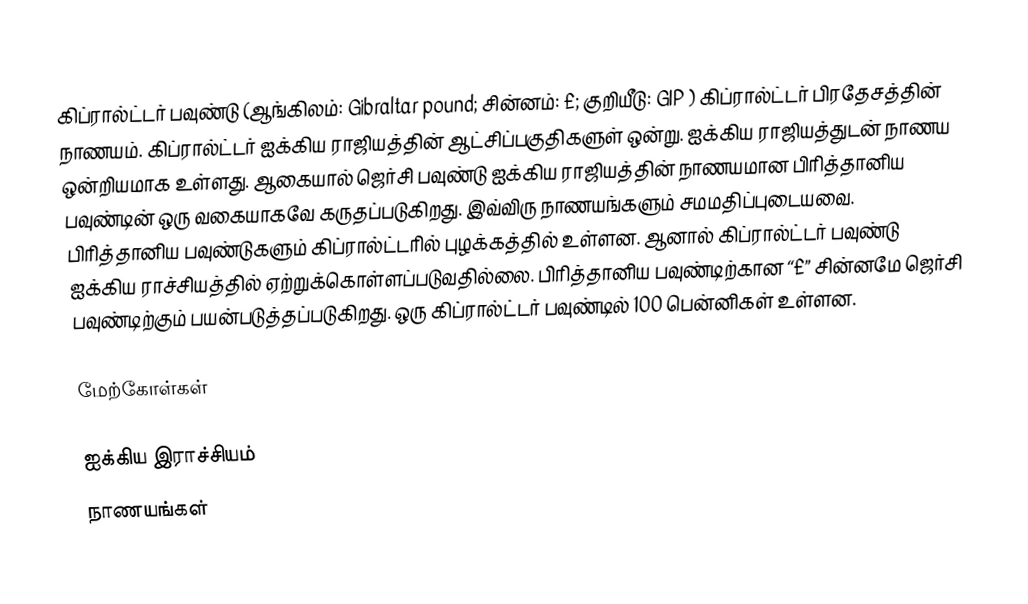
கிப்ரால்ட்டர் பவுண்டு (ஆங்கிலம்: Gibraltar pound; சின்னம்: £; குறியீடு: GIP )  கிப்ரால்ட்டர் பிரதேசத்தின் நாணயம். கிப்ரால்ட்டர் ஐக்கிய ராஜியத்தின் ஆட்சிப்பகுதிகளுள் ஒன்று. ஐக்கிய ராஜியத்துடன் நாணய ஒன்றியமாக உள்ளது. ஆகையால் ஜெர்சி பவுண்டு ஐக்கிய ராஜியத்தின் நாணயமான பிரித்தானிய பவுண்டின் ஒரு வகையாகவே கருதப்படுகிறது. இவ்விரு நாணயங்களும் சமமதிப்புடையவை. பிரித்தானிய பவுண்டுகளும் கிப்ரால்ட்டரில் புழக்கத்தில் உள்ளன. ஆனால் கிப்ரால்ட்டர் பவுண்டு ஐக்கிய ராச்சியத்தில் ஏற்றுக்கொள்ளப்படுவதில்லை. பிரித்தானிய பவுண்டிற்கான “£” சின்னமே ஜெர்சி பவுண்டிற்கும் பயன்படுத்தப்படுகிறது. ஒரு கிப்ரால்ட்டர் பவுண்டில் 100 பென்னிகள் உள்ளன.

மேற்கோள்கள்

ஐக்கிய இராச்சியம்
நாணயங்கள்